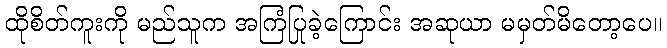
ထိုစိတ်ကူးကို မည်သူက အကြံပြုခဲ့ကြောင်း အဆုယာ မမှတ်မိတော့ပေ။